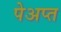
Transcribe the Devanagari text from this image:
पेअप्त